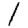
Digit: 1